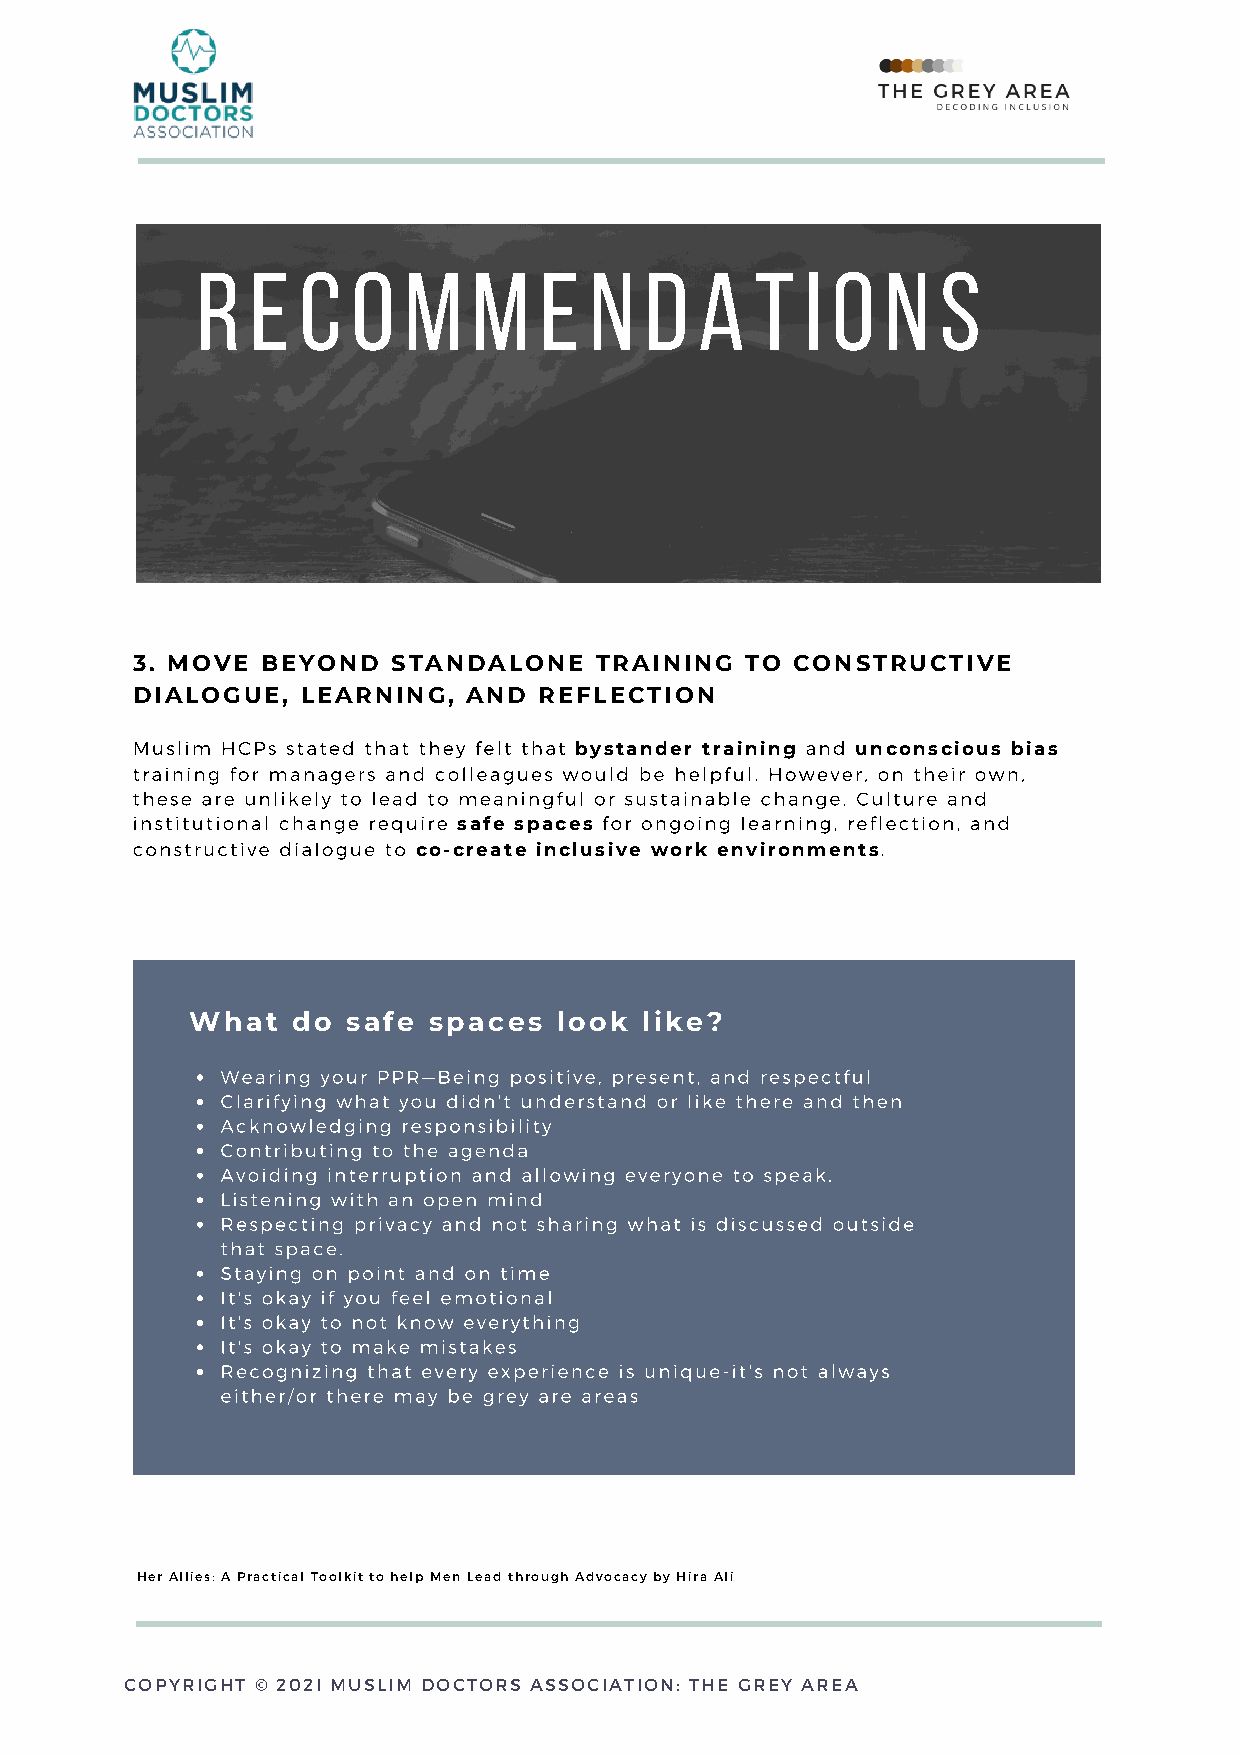
r   e  c  o   m   m    e  n   d  a   t  i o   n  s
 3. MOVE BEYOND   STANDALONE   TRAINING  TO CONSTRUCTIVE
 DIALOGUE,  LEARNING,  AND  REFLECTION
 Muslim HCPs stated that they felt that bystander training and unconscious bias
 training for managers and colleagues would be helpful. However, on their own,
 these are unlikely to lead to meaningful or sustainable change. Culture and
 institutional change require safe spaces for ongoing learning, reflection, and
 constructive dialogue to co-create inclusive work environments.
 What  do  safe spaces   look  like?
 Wearing your PPR—Being positive, present, and respectful
 Clarifying what you didn't understand or like there and then
 Acknowledging responsibility
 Contributing to the agenda
 Avoiding interruption and allowing everyone to speak.
 Listening with an open mind
 Respecting privacy and not sharing what is discussed outside
 that space.
 Staying on point and on time
 It's okay if you feel emotional
 It's okay to not know everything
 It's okay to make mistakes
 Recognizing that every experience is unique-it's not always
 either/or there may be grey are areas
 Her Allies: A Practical Toolkit to help Men Lead through Advocacy by Hira Ali
 COPYRIGHT © 202I MUSLIM DOCTORS ASSOCIATION: THE GREY AREA